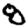
Digit: 8